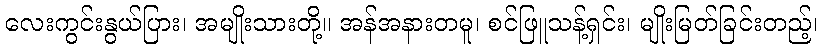
လေးကွင်းနွယ်ပြား၊ အမျိုးသားတို့။ အန်အနားတမူ၊ စင်ဖြူသန့်ရှင်း၊ မျိုးမြတ်ခြင်းတည့်၊